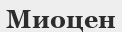
Миоцен